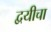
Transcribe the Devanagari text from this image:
द्वयीचा